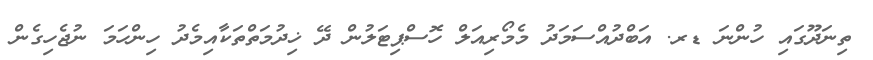
ތިނަދޫގައި ހުންނަ ޑރ. އަބްދުއްސަމަދު މެމޯރިއަލް ހޮސްޕިޓަލުން ދޭ ޚިދުމަތްތަކާއިމެދު ހިންހަމަ ނުޖެހިގެން